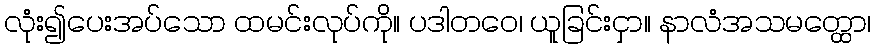
လုံး၍ပေးအပ်သော ထမင်းလုပ်ကို။ ပဒါတဝေ၊ ယူခြင်းငှာ။ နာလံအသမတ္ထော၊